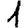
Digit: 1